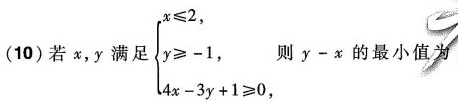
(10) 若x，y满足 $$\begin{cases} x \leqslant 2$$, $$\\\\ y \geqslant -1$$, $$\\\\ 4x-3y+1 \geqslant 0$$, $$\end{cases} y-α$$的最小值为